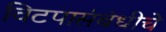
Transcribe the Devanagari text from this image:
विटपासंबंधीचे